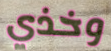
وخذي